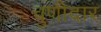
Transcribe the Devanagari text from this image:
चुणीदार